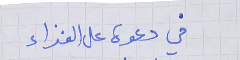
في دعوة على الغذاء